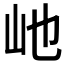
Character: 𪨥